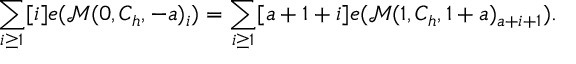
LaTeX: \sum _ { i \geq 1 } [ i ] e ( \mathcal { M } ( 0 , C _ { h } , - a ) _ { i } ) = \sum _ { i \geq 1 } [ a + 1 + i ] e ( \mathcal { M } ( 1 , C _ { h } , 1 + a ) _ { a + i + 1 } ) .